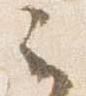
云